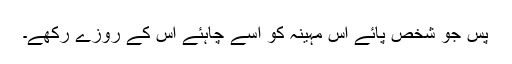
پس جو شخص پائے اِس مہینہ کو اُسے چاہئے اس کے روزے رکھے۔